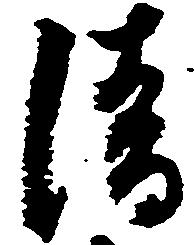
清